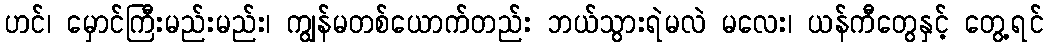
ဟင်၊ မှောင်ကြီးမည်းမည်း၊ ကျွန်မတစ်ယောက်တည်း ဘယ်သွားရဲမလဲ မလေး၊ ယန်ကီတွေနှင့် တွေ့ရင်